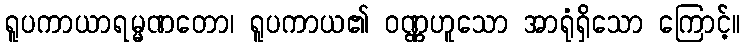
ရူပကာယာရမ္မဏတော၊ ရူပကာယ၏ ဝဏ္ဏဟူသော အာရုံရှိသော ကြောင့်။